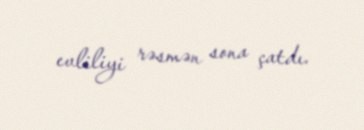
evliliyi rəsmən sona çatdı.